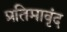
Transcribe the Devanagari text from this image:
प्रतिमावृंद